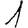
Digit: 1